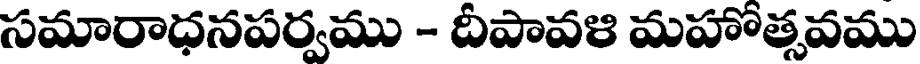
సమారాధనపర్వము - దీపావళి మహోత్సవము